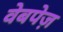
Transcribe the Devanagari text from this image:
वेबपेज़